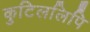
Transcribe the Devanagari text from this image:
कुटिललिपि